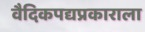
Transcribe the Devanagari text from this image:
वैदिकपद्यप्रकाराला